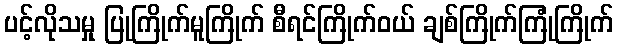
ပင့်လိုသမှု ပြုကြိုက်မူကြိုက် စီရင်ကြိုက်ဝယ် ချစ်ကြိုက်ကြုံကြိုက်